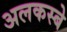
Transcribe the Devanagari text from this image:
अलकस्बे